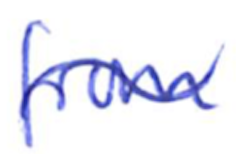
Text: from
Cross-out: wave
Writing tool: ballpoint